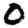
Digit: 0